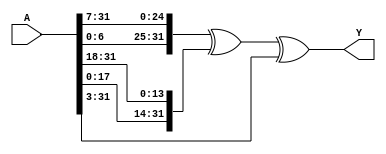
`ifndef MOD_S0
`define MOD_S0
module MOD_S0(
    input [31:0] A,
    output [31:0] Y
);

assign Y  = {A[6:0], A[31:7]} ^{A[17:0], A[31:18]} ^ {3'b000,   A[31:3]};

endmodule
`endif